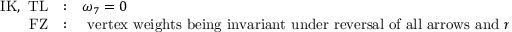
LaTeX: \begin{array} { r l l } { { \mathrm { I K , ~ T L } } } & { { : } } & { { \omega _ { 7 } = 0 } } \\ { { \mathrm { ~ F Z } } } & { { : } } & { { \mathrm { ~ v e r t e x ~ w e i g h t s ~ b e i n g ~ i n v a r i a n t ~ u n d e r ~ r e v e r s a l ~ o f ~ a l l ~ a r r o w s ~ a n d ~ } n = 2 . } } \end{array}